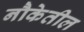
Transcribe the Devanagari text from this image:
नौकेतील